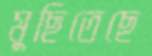
মুছিতেছে